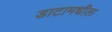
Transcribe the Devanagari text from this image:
डाटामधील